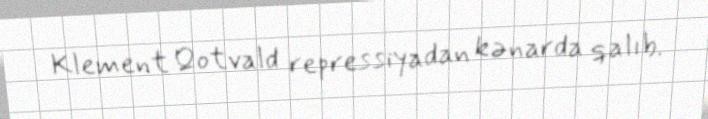
Klement Qotvald repressiyadan kənarda qalıb.